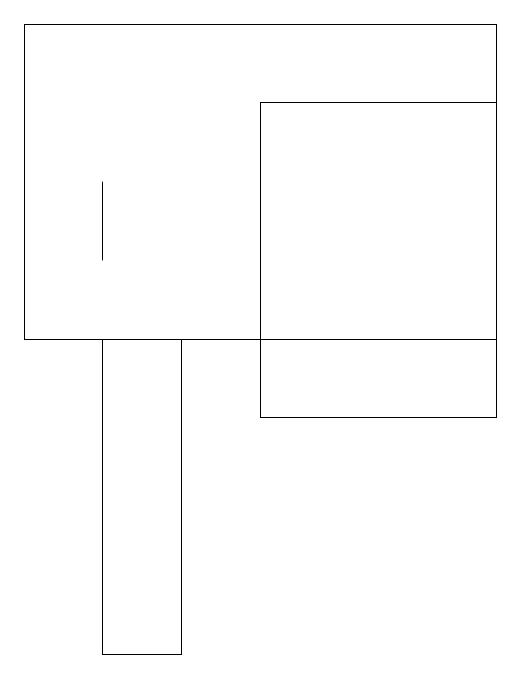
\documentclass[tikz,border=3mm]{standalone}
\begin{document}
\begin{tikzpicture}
\draw (4,11) rectangle (3,15);
\draw (8,19) rectangle (2,15);
\draw (5,18) rectangle (8,14);
\draw (3,17) rectangle (3,16);
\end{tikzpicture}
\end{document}